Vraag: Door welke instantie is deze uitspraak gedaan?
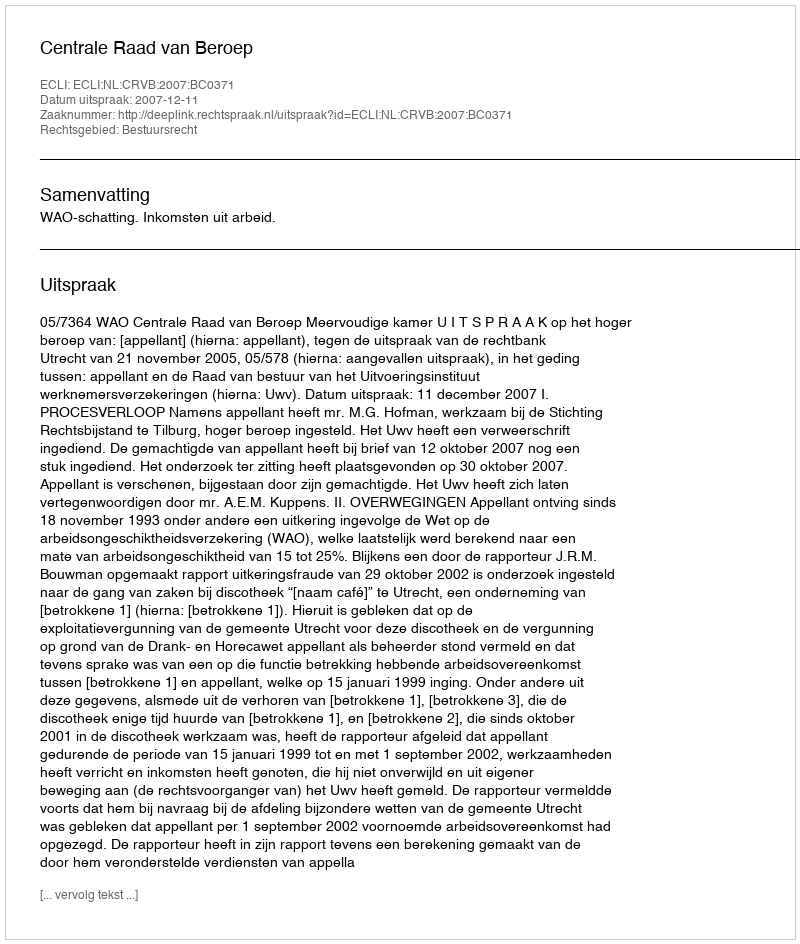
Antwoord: Centrale Raad van Beroep